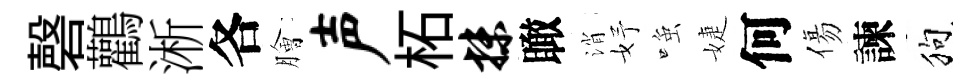
磬鸛淅各膾声柘抹瞰消妤𫪻婕何傷諫狗